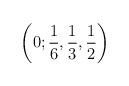
LaTeX: \begin{align*}\left( 0;\frac{1}{6},\frac{1}{3},\frac{1}{2}\right)\end{align*}